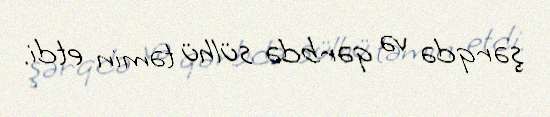
şərqdə və qərbdə sülhü təmin etdi.